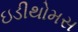
ઇડીથોમસ